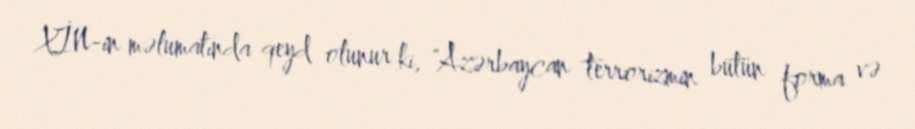
XİN-in məlumatında qeyd olunur ki, "Azərbaycan terrorizmin bütün forma və